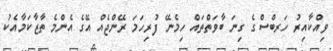
ވިއްކާއިރު ހަރބްސްގެ ގިނަ ބާވަތްތައް ހިމެނޭ ފުރިހަމަ ރޭންޖެއް އޭގެ އެންމެ ތާޒާކަމާއެކު